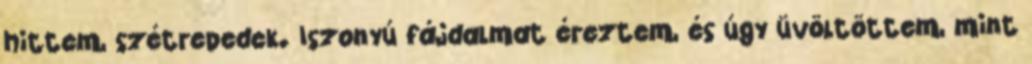
hittem, szétrepedek. Iszonyú fájdalmat éreztem, és úgy üvöltöttem, mint